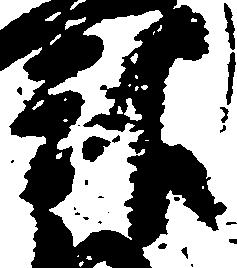
親